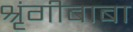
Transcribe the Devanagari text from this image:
श्रृंगीबाबा